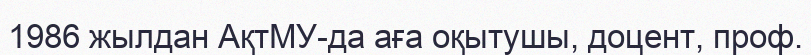
1986 жылдан АқтМУ-да аға оқытушы, доцент, проф.